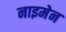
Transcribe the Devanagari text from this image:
नाइमेन